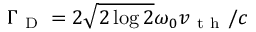
\Gamma _ { \mathrm { ~ D ~ } } = 2 \sqrt { 2 \log 2 } \omega _ { 0 } v _ { \mathrm { ~ t ~ h ~ } } / c